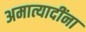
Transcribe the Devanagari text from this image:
अमात्यादींना